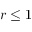
r \leq 1